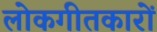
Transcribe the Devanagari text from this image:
लोकगीतकारों